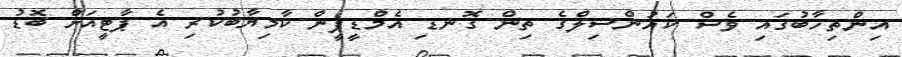
އިންތިހާބުގައި ވެސް ކައުންސިލްގެ ތިން ގޮނޑި އެމްޑީޕީން ކާމިޔާބުކުރި އެ ޕާޓީއަށް ބޮޑު